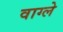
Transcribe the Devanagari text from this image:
वाग्ले